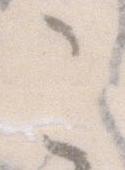
こ